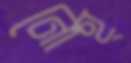
নোহ্